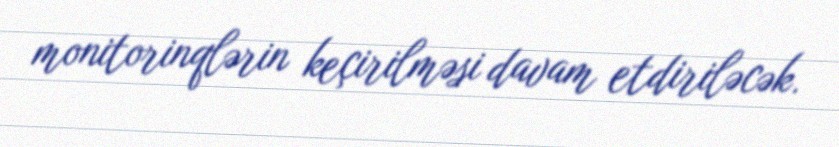
monitorinqlərin keçirilməsi davam etdiriləcək.